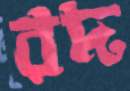
রদ